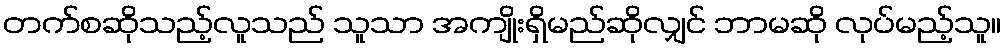
တက်စဆိုသည့်လူသည် သူသာ အကျိုးရှိမည်ဆိုလျှင် ဘာမဆို လုပ်မည့်သူ။